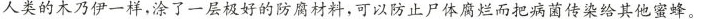
人类的木乃伊一样，涂了一层极好的防腐材料，可以防止尸体腐烂而把病菌传染给其他蜜蜂。